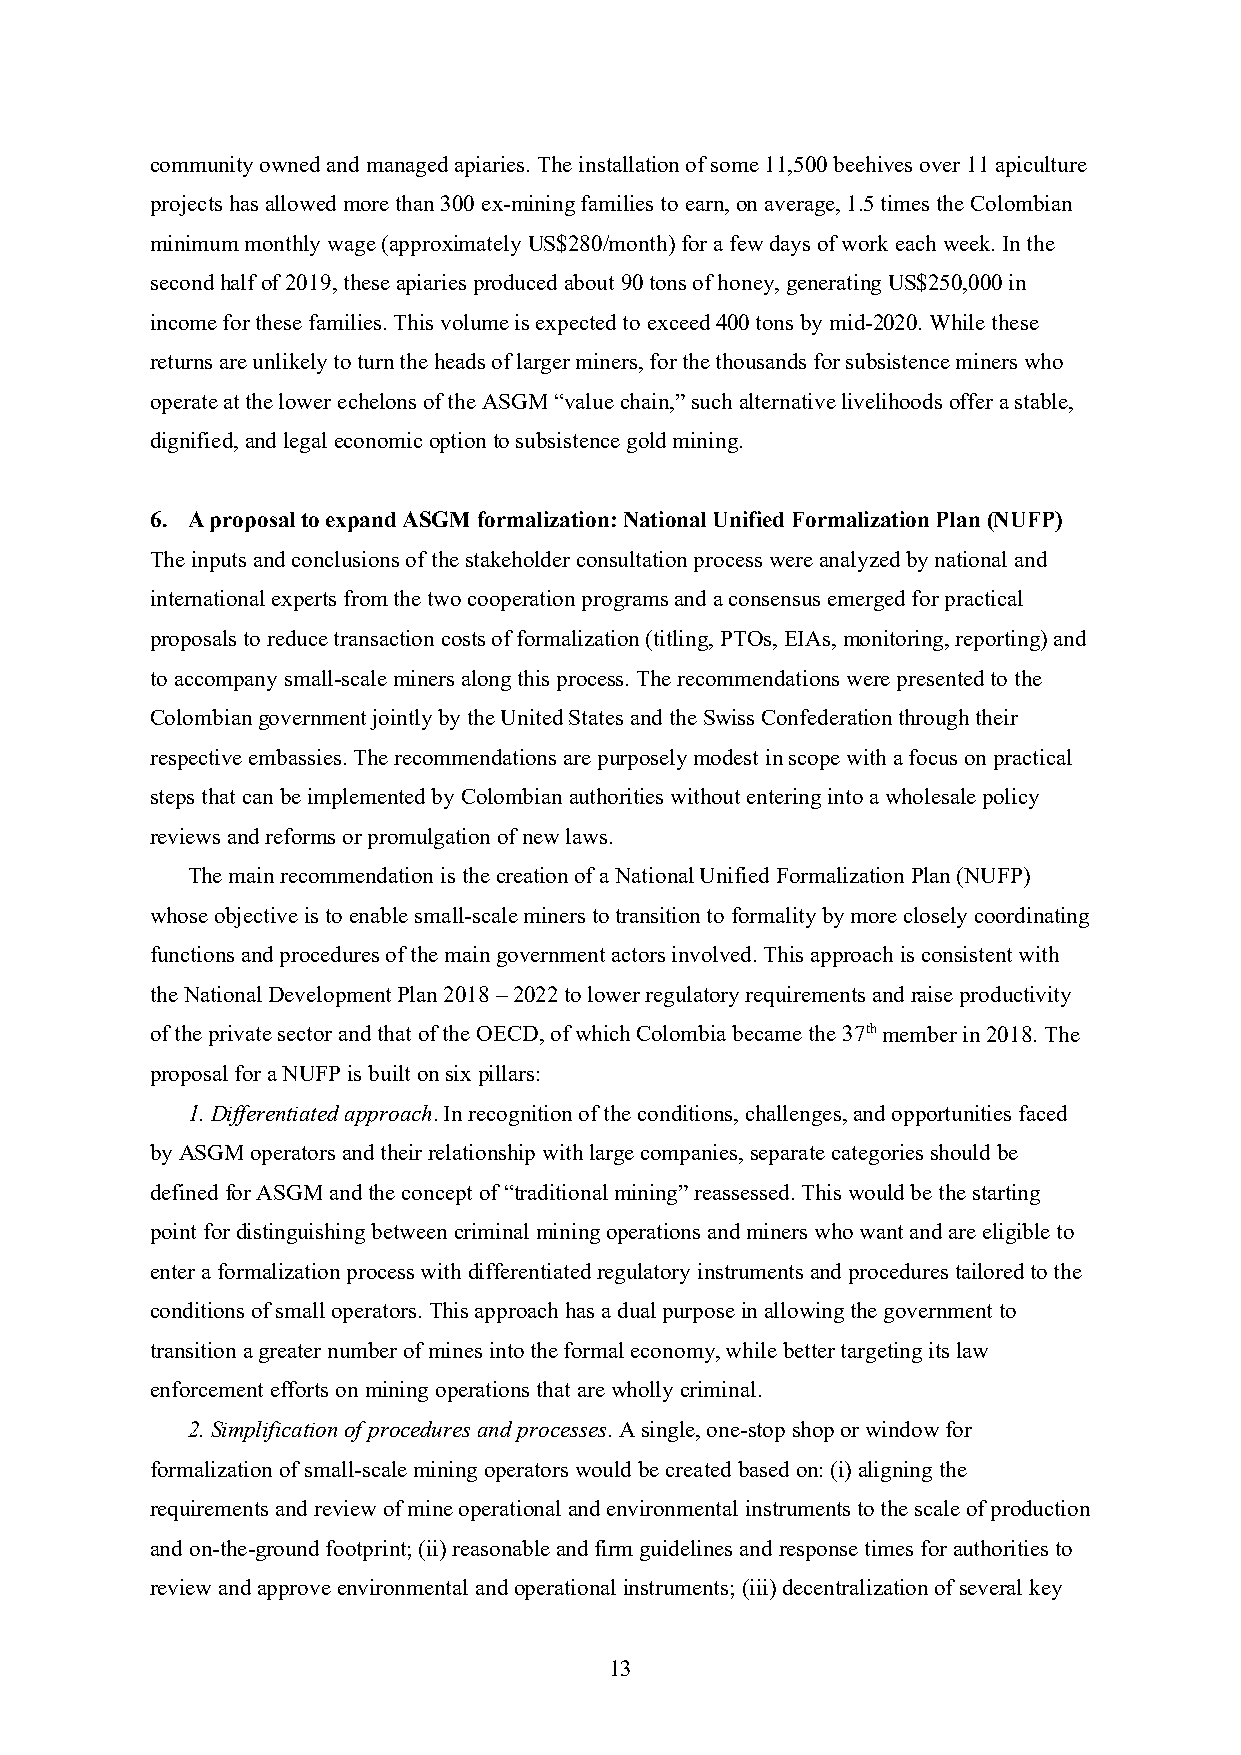
community owned and managed apiaries. The installation of some 11,500 beehives over 11 apiculture
 projects has allowed more than 300 ex-mining families to earn, on average, 1.5 times the Colombian
 minimum monthly wage (approximately US$280/month) for a few days of work each week. In the
 second half of 2019, these apiaries produced about 90 tons of honey, generating US$250,000 in
 income for these families. This volume is expected to exceed 400 tons by mid-2020. While these
 returns are unlikely to turn the heads of larger miners, for the thousands for subsistence miners who
 operate at the lower echelons of the ASGM “value chain,” such alternative livelihoods offer a stable,
 dignified, and legal economic option to subsistence gold mining.
 6. A proposal to expand ASGM formalization: National Unified Formalization Plan (NUFP)
 The inputs and conclusions of the stakeholder consultation process were analyzed by national and
 international experts from the two cooperation programs and a consensus emerged for practical
 proposals to reduce transaction costs of formalization (titling, PTOs, EIAs, monitoring, reporting) and
 to accompany small-scale miners along this process. The recommendations were presented to the
 Colombian government jointly by the United States and the Swiss Confederation through their
 respective embassies. The recommendations are purposely modest in scope with a focus on practical
 steps that can be implemented by Colombian authorities without entering into a wholesale policy
 reviews and reforms or promulgation of new laws.
 The main recommendation is the creation of a National Unified Formalization Plan (NUFP)
 whose objective is to enable small-scale miners to transition to formality by more closely coordinating
 functions and procedures of the main government actors involved. This approach is consistent with
 the National Development Plan 2018 – 2022 to lower regulatory requirements and raise productivity
 of the private sector and that of the OECD, of which Colombia became the 37th member in 2018. The
 proposal for a NUFP is built on six pillars:
 1. Differentiated approach. In recognition of the conditions, challenges, and opportunities faced
 by ASGM operators and their relationship with large companies, separate categories should be
 defined for ASGM and the concept of “traditional mining” reassessed. This would be the starting
 point for distinguishing between criminal mining operations and miners who want and are eligible to
 enter a formalization process with differentiated regulatory instruments and procedures tailored to the
 conditions of small operators. This approach has a dual purpose in allowing the government to
 transition a greater number of mines into the formal economy, while better targeting its law
 enforcement efforts on mining operations that are wholly criminal.
 2. Simplification of procedures and processes. A single, one-stop shop or window for
 formalization of small-scale mining operators would be created based on: (i) aligning the
 requirements and review of mine operational and environmental instruments to the scale of production
 and on-the-ground footprint; (ii) reasonable and firm guidelines and response times for authorities to
 review and approve environmental and operational instruments; (iii) decentralization of several key
 13